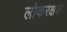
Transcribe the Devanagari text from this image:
लोकरक्षक